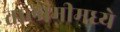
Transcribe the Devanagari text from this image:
तालामीमध्ये